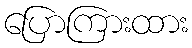
ပြောကြားထား